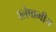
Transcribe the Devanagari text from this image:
श्लेषाभीय